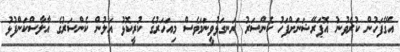
އޭގެފަހުން ކުރެވުނު އޮޕަރޭޝަނަށްފަހު ކެންސަރު ރަނގަޅުވީނަމަވެސް މިއަހަރުގެ ކުރީކޮޅު އަލުން ކެންސަރުގެ އާލާސްކަންފުޅު